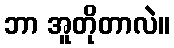
ဘာ အူတိုတာလဲ။